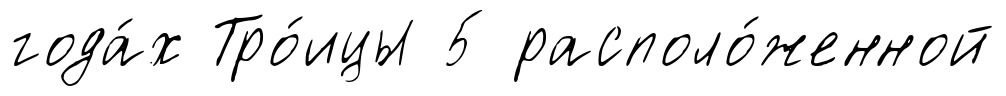
года́х Тро́ицы 5 располо́женной